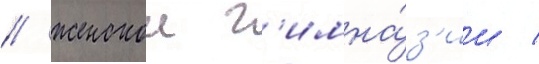
/ женскои г'имна́з'ии /